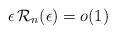
LaTeX: \begin{align*}\epsilon \, {\mathcal R}_{n} (\epsilon) = o(1)\;\end{align*}